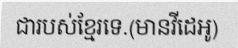
ជារបស់ខ្មែរទេ.(មានវីដេអូ)